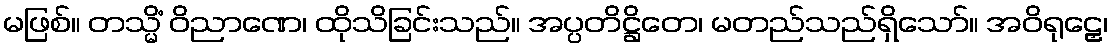
မဖြစ်။ တသ္မိံ ဝိညာဏေ၊ ထိုသိခြင်းသည်။ အပ္ပတိဋ္ဌိတေ၊ မတည်သည်ရှိသော်။ အဝိရုဠှေ၊